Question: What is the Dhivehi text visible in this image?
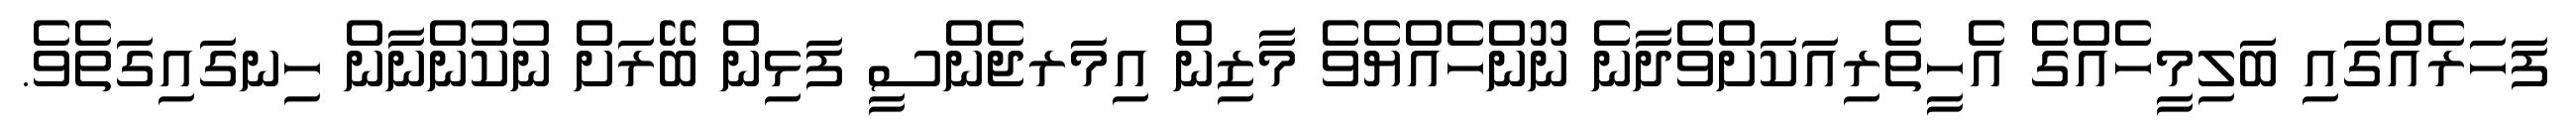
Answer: ފަހަރެއްގައި ބަލިމީހެއްގެ އެހީތެރިއަކަށްވެދާނެ ނޫންހެއްޔެވެ މާޒިން އިމަރޖެންސީ ފަޅިން ބޭރަށް ނުކުންނާން ހިނގައިގަތެވެ.